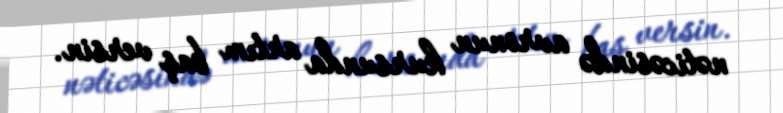
nəticəsində avronun kursunda artım baş versin.